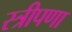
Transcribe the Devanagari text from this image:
स्त्रीपणा